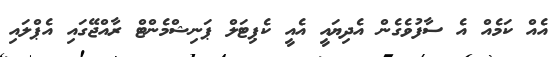
އެއް ކަމެއް އެ ސާފުވެގެން އެދިޔައީ އެއީ ކެޕިޓަލް ޕަނިޝްމެންޓް ރާއްޖޭގައި އެޕްލައި